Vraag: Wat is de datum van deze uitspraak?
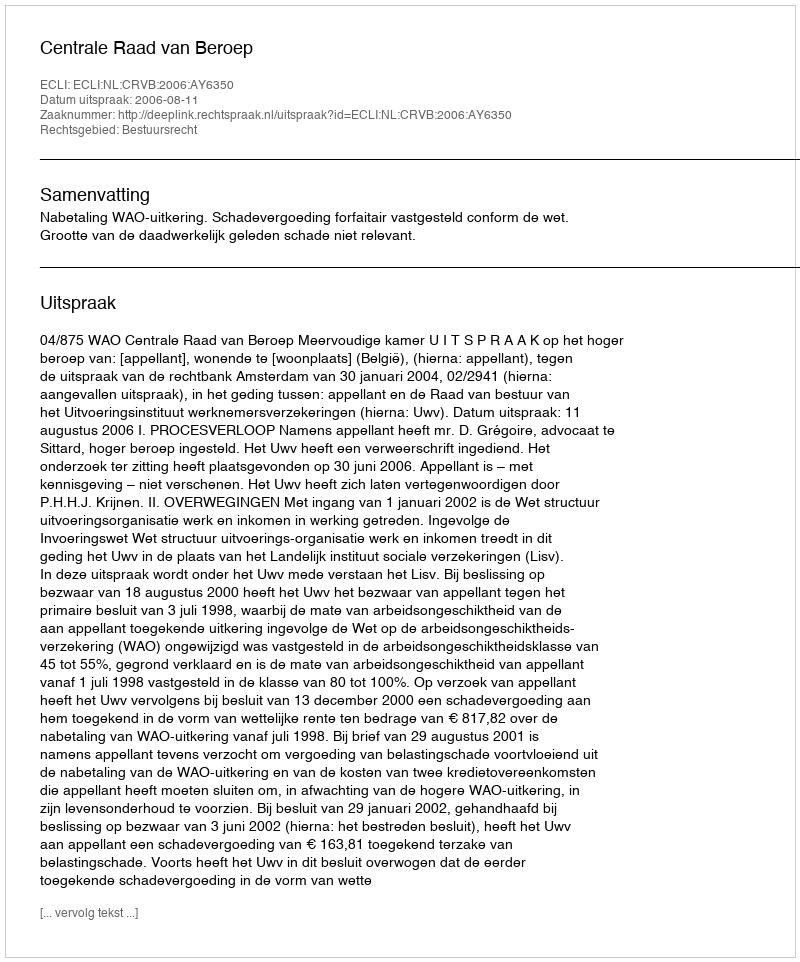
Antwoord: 2006-08-11